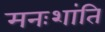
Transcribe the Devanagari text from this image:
मनःशांति